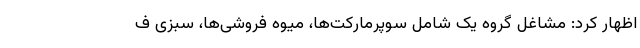
اظهار کرد: مشاغل گروه یک شامل سوپرمارکت‌ها، میوه فروشی‌ها، سبزی ف